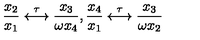
\frac { x _ { 2 } } { x _ { 1 } } \stackrel { \tau } { \longleftrightarrow } \frac { x _ { 3 } } { \omega x _ { 4 } } , { } \frac { x _ { 4 } } { x _ { 1 } } \stackrel { \tau } { \longleftrightarrow } \frac { x _ { 3 } } { \omega x _ { 2 } }